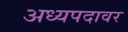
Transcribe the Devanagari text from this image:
अध्यपदावर